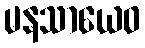
မနသာယေဝ